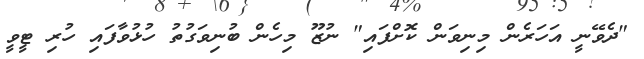
"ދެވޭނީ އަހަރެން މިނިވަން ކޮށްފައި" ނުޒޫ މިހެން ބުނިވަގުތު ހުޅުވާފައި ހުރި ޓީވީ